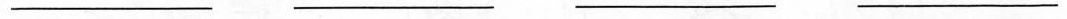
___ ___ ___ ___